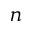
n